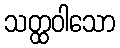
သတ္ထဝါသော